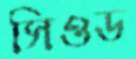
সিওড